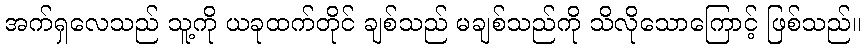
အက်ရှလေသည် သူ့ကို ယခုထက်တိုင် ချစ်သည် မချစ်သည်ကို သိလိုသောကြောင့် ဖြစ်သည်။